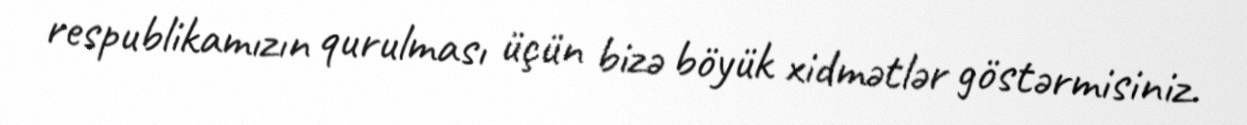
respublikamızın qurulması üçün bizə böyük xidmətlər göstərmisiniz.